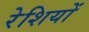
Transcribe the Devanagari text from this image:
रेशियों